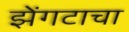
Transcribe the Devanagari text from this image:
झेंगटाचा